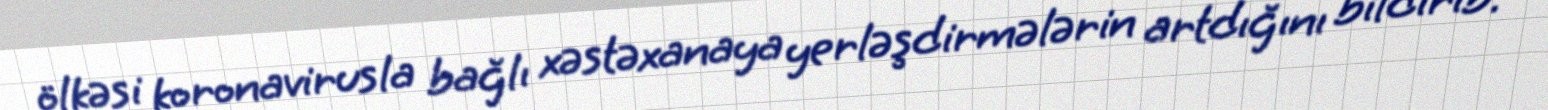
ölkəsi koronavirusla bağlı xəstəxanaya yerləşdirmələrin artdığını bildirib.